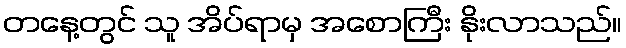
တနေ့တွင် သူ အိပ်ရာမှ အစောကြီး နိုးလာသည်။